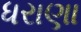
ધરાણા